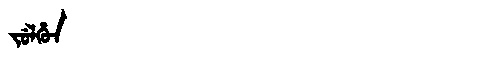
Manchu: ᠵᡠᠯᡥᡠᠨ
Romanization: JULHUN